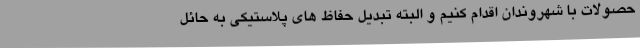
حصولات با شهروندان اقدام کنیم و البته تبدیل حفاظ های پلاستیکی به حائل